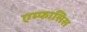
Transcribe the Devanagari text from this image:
एम्फासिस